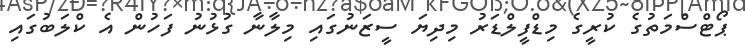
ޕޯޓްސްމަތުގެ ކުރީގެ މިޑްފީލްޑަރު މިދިޔަ ސީޒަނުގައި މިލާނާ ގުޅުނު ފަހުން އެ ކްލަބުގައި